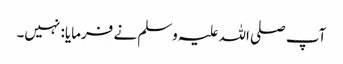
آپ صلی اللہ علیہ وسلم نے فرمایا: نہیں۔